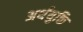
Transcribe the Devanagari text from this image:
अर्थयुक्ति